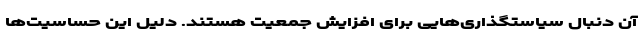
آن دنبال سیاستگذاری‌هایی برای افزایش جمعیت هستند. دلیل این حساسیت‌ها